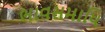
ભાવસમાધિ